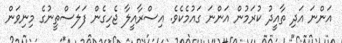
އަންނަ އަދި ތާއީދު ކުރަމުން އަންނަ ގައުމެކެވެ. އިސްރާއީލާ ޖެހިގެން ފަލަސްތީނުގެ މިނިވަން